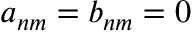
a _ { n m } = b _ { n m } = 0